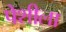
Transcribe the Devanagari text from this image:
पेशीला